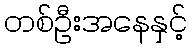
တစ်ဦးအနေနှင့်